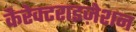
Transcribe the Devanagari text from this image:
कैरेक्टराइज़ेशन